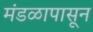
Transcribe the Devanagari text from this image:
मंडळापासून